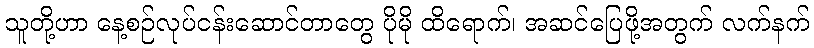
သူတို့ဟာ နေ့စဉ်လုပ်ငန်းဆောင်တာတွေ ပိုမို ထိရောက်၊ အဆင်ပြေဖို့အတွက် လက်နက်